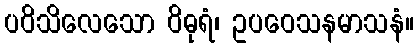
ပဝိသိလေသော ဝိဓုရံ၊ ဥပဝေသနမာသနံ။